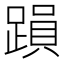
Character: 䠝